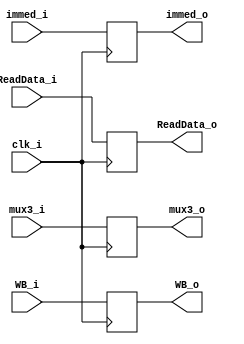
module MEM_WB(
	clk_i,
	WB_i,
	ReadData_i,
	mux3_i,
	immed_i,
	WB_o,
	ReadData_o,
	mux3_o,	// connect this to Forwarding Unit
	immed_o
);

input			clk_i;
input	[1:0]	WB_i;
input	[4:0]	mux3_i;
input	[31:0]	ReadData_i, immed_i;

//output			MemToReg_o, RegWrite_o;
output reg	[1:0]	WB_o;
output reg	[4:0]	mux3_o;
output reg	[31:0]	ReadData_o, immed_o;

//assign			MemToReg_o = WB_i[0];
//assign			RegWrite_o = WB_i[1];


//assign			WB_o = WB_i;
//assign			ReadData_o = ReadData_i;
//assign 			immed_o = immed_i;
//assign			mux3_o = mux3_i;

always@(negedge clk_i)	begin
	WB_o <= WB_i;
	ReadData_o <= ReadData_i;
	immed_o <= immed_i;
	mux3_o <= mux3_i;
end

endmodule